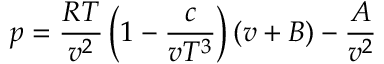
p = { \frac { R T } { v ^ { 2 } } } \left( 1 - { \frac { c } { v T ^ { 3 } } } \right) ( v + B ) - { \frac { A } { v ^ { 2 } } }